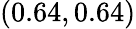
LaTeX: (0.64,0.64)